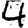
Digit: 4